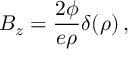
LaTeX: B _ { z } = { \frac { 2 \phi } { e \rho } } \delta ( \rho ) \, ,